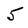
Character: 5